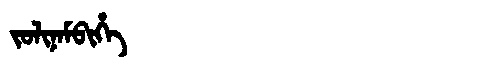
Manchu: ᠵᠣᠯᡳᠨᠠᠮᠪᡳᡥᡝ
Romanization: JOLINAMBIHE